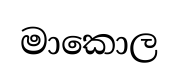
මාකොල